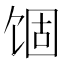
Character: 𬲾